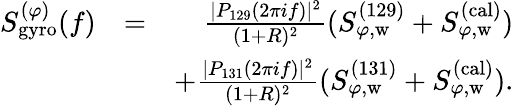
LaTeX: \begin{array}{rlr}{S_{\mathrm{gyro}}^{(\varphi)}(f)}&{=}&{\frac{|P_{129}(2\pi if)|^{2}}{(1+R)^{2}}(S_{\varphi,\mathrm{w}}^{(129)}+S_{\varphi,\mathrm{w}}^{(\mathrm{cal})})}\\ &{}&{+\frac{|P_{131}(2\pi if)|^{2}}{(1+R)^{2}}(S_{\varphi,\mathrm{w}}^{(131)}+S_{\varphi,\mathrm{w}}^{(\mathrm{cal})}).}\end{array}